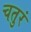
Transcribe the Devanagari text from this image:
चतुरं